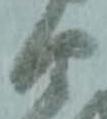
由